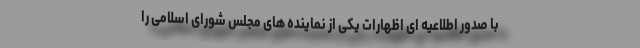
با صدور اطلاعیه ای اظهارات یکی از نماینده های مجلس شورای اسلامی را